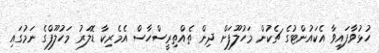
ހުޅުވާފައިވާ އެކައުންޓުގެ ޗެކުން މަހުލޫފަށް ދިން ތެއްތިރީސްހާސް އެމެރިކާ ޑޮލަރު މަހުލޫފްގެ ނަމުގައި